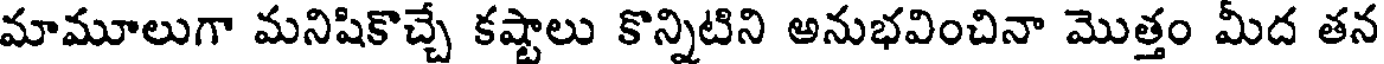
మామూలుగా మనిషికొచ్చే కష్టాలు కొన్నిటిని అనుభవించినా మొత్తం మీద తన